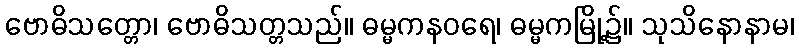
ဗောဓိသတ္တော၊ ဗောဓိသတ္တသည်။ ဓမ္မကနဝရေ၊ ဓမ္မကမြို့၌။ သုသိနောနာမ၊